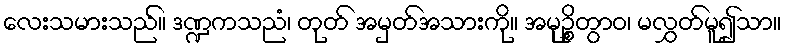
လေးသမားသည်။ ဒဏ္ဍကသညံ၊ တုတ် အမှတ်အသားကို။ အမုဉ္စိတွာဝ၊ မလွှတ်မူ၍သာ။